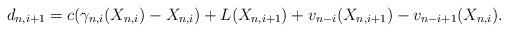
LaTeX: \begin{align*}d_{n,i+1} = c( \gamma_{n,i}(X_{n,i}) - X_{n,i} ) + L (X_{n,i+1}) + v_{n-i}(X_{n,i+1}) - v_{n-i+1}(X_{n,i}).\end{align*}